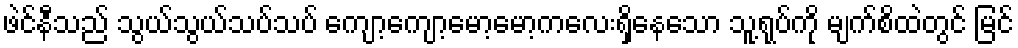
ဖဲင်နီသည် သွယ်သွယ်သပ်သပ် ကျော့ကျော့မော့မော့ကလေးရှိနေသော သူ့ရုပ်ကို မျက်စိထဲတွင် မြင်